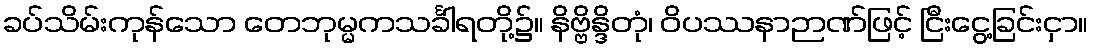
ခပ်သိမ်းကုန်သော တေဘုမ္မကသင်္ခါရတို့၌။ နိဗ္ဗိန္ဒိတုံ၊ ဝိပဿနာဉာဏ်ဖြင့် ငြီးငွေ့ခြင်းငှာ။